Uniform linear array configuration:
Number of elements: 24
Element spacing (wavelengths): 0.75
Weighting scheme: blackman
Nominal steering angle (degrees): -45
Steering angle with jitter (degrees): -43.682
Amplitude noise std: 0.05
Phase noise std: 0.05

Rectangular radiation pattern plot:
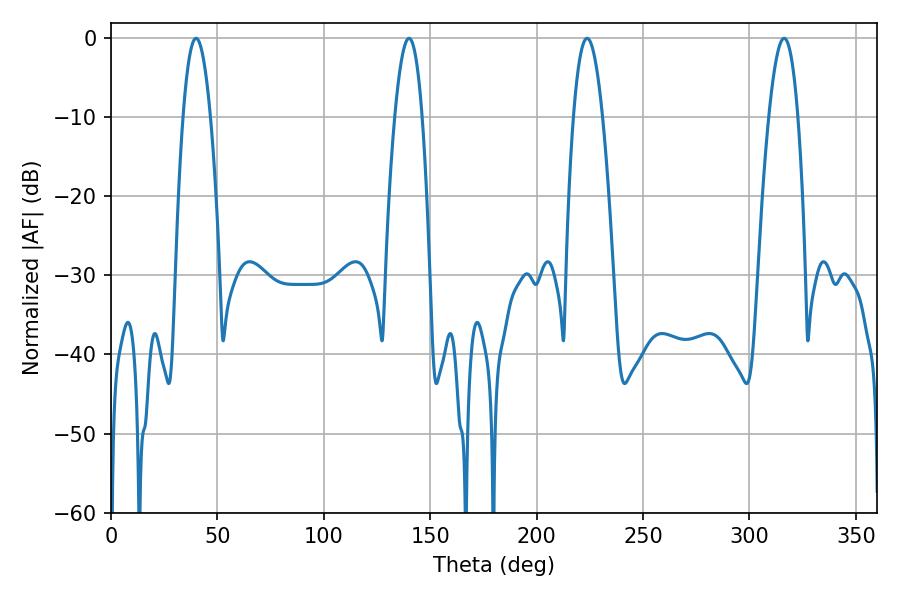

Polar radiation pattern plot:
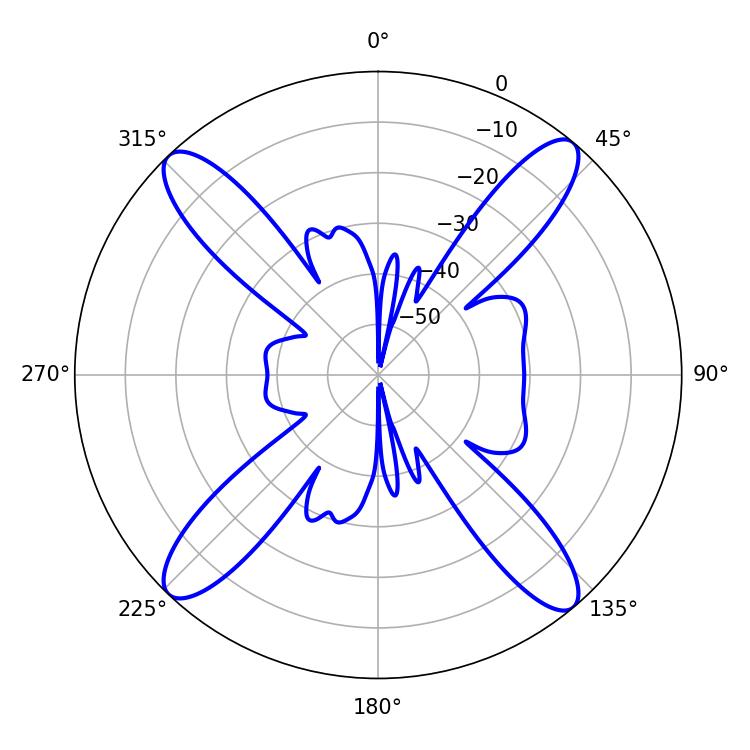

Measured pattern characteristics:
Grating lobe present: TRUE
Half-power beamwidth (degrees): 7.02
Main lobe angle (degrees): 39.96